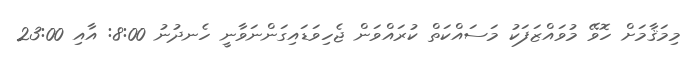
މިމަޤާމަށް ހޮވޭ މުވައްޒަފަކު މަސައްކަތް ކުރައްވަން ޖެހިވަޑައިގަންނަވާނީ ހެނދުނު 8:00: އާއި 23:00